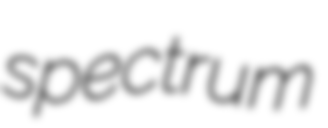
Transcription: spectrum